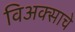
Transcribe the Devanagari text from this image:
विअक्साचे